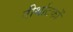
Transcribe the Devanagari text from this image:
तीर्थाटकों